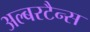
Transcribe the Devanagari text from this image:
अल्बरटैन्स